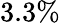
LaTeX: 3.3\%